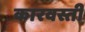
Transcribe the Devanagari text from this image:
कारवस्ती